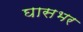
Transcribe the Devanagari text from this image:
घासभर